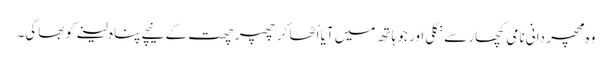
وہ مچھر دانی نامی کچھار سے نکلی اور جو ہاتھ میں آیا اُٹھا کر چھپر چھت کے نیچے پناہ لینے کو بھاگی۔